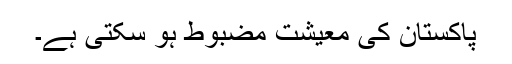
پاکستان کی معیشت مضبوط ہو سکتی ہے۔